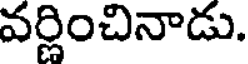
వర్ణించినాడు.